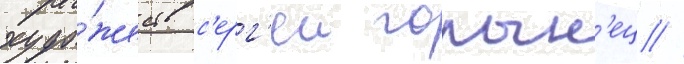
худо́жеств с'ерг'еи голын'ец //